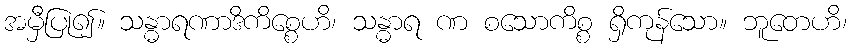
အမှီပြု၍။ သန္ဓာရဏာဒိကိစ္စေဟိ၊ သန္ဓာရ ဏ စသောကိစ္စ ရှိကုန်သော။ ဘူတေဟိ၊